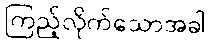
ကြည့်လိုက်သောအခါ